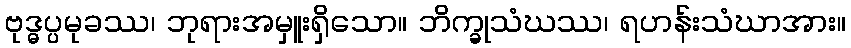
ဗုဒ္ဓပ္ပမုခဿ၊ ဘုရားအမှူးရှိသော။ ဘိက္ခုသံဃဿ၊ ရဟန်းသံဃာအား။